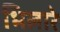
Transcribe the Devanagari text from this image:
भिलारे